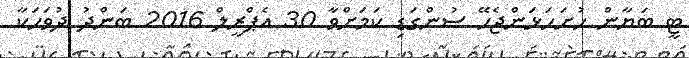
ޓީ ބަޔާން ހުށަހަޅަންޖެހޭ ސުންގަޑި ކަމަށްވާ 30 އެޕްރީލް 2016 ބަންދު ދުވަހަކާ